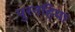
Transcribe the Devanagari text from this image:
पुरनहिया